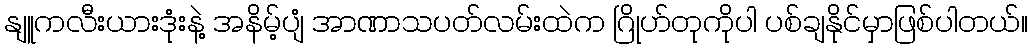
နျူကလီးယားဒုံးနဲ့ အနိမ့်ပျံ အာဏာသပတ်လမ်းထဲက ဂြိုဟ်တုကိုပါ ပစ်ချနိုင်မှာဖြစ်ပါတယ်။